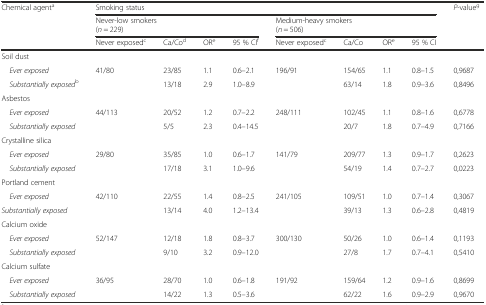
<table><thead><tr><td rowspan="3"><b>Chemical agent<sup>a</sup></b></td><td colspan="8"><b>Smoking status</b></td><td rowspan="3"><b><i>P</i>-value<sup>g</sup></b></td></tr><tr><td colspan="4"><b>Never-low smokers (<i>n</i> = 229)</b></td><td colspan="4"><b>Medium-heavy smokers (<i>n</i> = 506)</b></td></tr><tr><td><b>Never exposed<sup>c</sup></b></td><td><b>Ca/Co<sup>d</sup></b></td><td><b>OR<sup>e</sup></b></td><td><b>95 % CI<sup>f</sup></b></td><td><b>Never exposed<sup>c</sup></b></td><td><b>Ca/Co</b></td><td><b>OR<sup>e</sup></b></td><td><b>95 % CI</b></td></tr></thead><tbody><tr><td>Soil dust</td><td></td><td></td><td></td><td></td><td></td><td></td><td></td><td></td><td></td></tr><tr><td> <i>Ever exposed</i></td><td>41/80</td><td>23/85</td><td>1.1</td><td>0.6–2.1</td><td>196/91</td><td>154/65</td><td>1.1</td><td>0.8–1.5</td><td>0,9687</td></tr><tr><td> <i>Substantially exposed</i><sup>b</sup></td><td></td><td>13/18</td><td>2.9</td><td>1.0–8.9</td><td></td><td>63/14</td><td>1.8</td><td>0.9–3.6</td><td>0,8496</td></tr><tr><td>Asbestos</td><td></td><td></td><td></td><td></td><td></td><td></td><td></td><td></td><td></td></tr><tr><td> <i>Ever exposed</i></td><td>44/113</td><td>20/52</td><td>1.2</td><td>0.7–2.2</td><td>248/111</td><td>102/45</td><td>1.1</td><td>0.8–1.6</td><td>0,6778</td></tr><tr><td> <i>Substantially exposed</i></td><td></td><td>5/5</td><td>2.3</td><td>0.4–14.5</td><td></td><td>20/7</td><td>1.8</td><td>0.7–4.9</td><td>0,7166</td></tr><tr><td>Crystalline silica</td><td></td><td></td><td></td><td></td><td></td><td></td><td></td><td></td><td></td></tr><tr><td> <i>Ever exposed</i></td><td>29/80</td><td>35/85</td><td>1.0</td><td>0.6–1.7</td><td>141/79</td><td>209/77</td><td>1.3</td><td>0.9–1.7</td><td>0,2623</td></tr><tr><td> <i>Substantially exposed</i></td><td></td><td>17/18</td><td>3.1</td><td>1.0–9.6</td><td></td><td>54/19</td><td>1.4</td><td>0.7–2.7</td><td>0,0223</td></tr><tr><td>Portland cement</td><td></td><td></td><td></td><td></td><td></td><td></td><td></td><td></td><td></td></tr><tr><td> <i>Ever exposed</i></td><td>42/110</td><td>22/55</td><td>1.4</td><td>0.8–2.5</td><td>241/105</td><td>109/51</td><td>1.0</td><td>0.7–1.4</td><td>0,3067</td></tr><tr><td><i>Substantially exposed</i></td><td></td><td>13/14</td><td>4.0</td><td>1.2–13.4</td><td></td><td>39/13</td><td>1.3</td><td>0.6–2.8</td><td>0,4819</td></tr><tr><td>Calcium oxide</td><td></td><td></td><td></td><td></td><td></td><td></td><td></td><td></td><td></td></tr><tr><td> <i>Ever exposed</i></td><td>52/147</td><td>12/18</td><td>1.8</td><td>0.8–3.7</td><td>300/130</td><td>50/26</td><td>1.0</td><td>0.6–1.4</td><td>0,1193</td></tr><tr><td> <i>Substantially exposed</i></td><td></td><td>9/10</td><td>3.2</td><td>0.9–12.0</td><td></td><td>27/8</td><td>1.7</td><td>0.7–4.1</td><td>0,5410</td></tr><tr><td>Calcium sulfate</td><td></td><td></td><td></td><td></td><td></td><td></td><td></td><td></td><td></td></tr><tr><td> <i>Ever exposed</i></td><td>36/95</td><td>28/70</td><td>1.0</td><td>0.6–1.8</td><td>191/92</td><td>159/64</td><td>1.2</td><td>0.9–1.6</td><td>0,8699</td></tr><tr><td> <i>Substantially exposed</i></td><td></td><td>14/22</td><td>1.3</td><td>0.5–3.6</td><td></td><td>62/22</td><td>1.6</td><td>0.9–2.9</td><td>0,9670</td></tr></tbody></table>